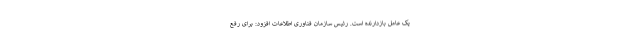
یک عامل بازدارنده است. رئیس سازمان فناوری اطلاعات افزود: برای رفع